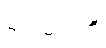
မင်းမင်းကို